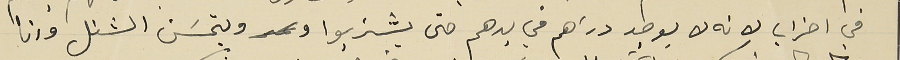
في اضراب لانه لا يوجد دراهم في يدهم حتى يشتريوا و ويتحسَن الشغل وانا